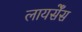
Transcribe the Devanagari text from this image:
लायसेँस